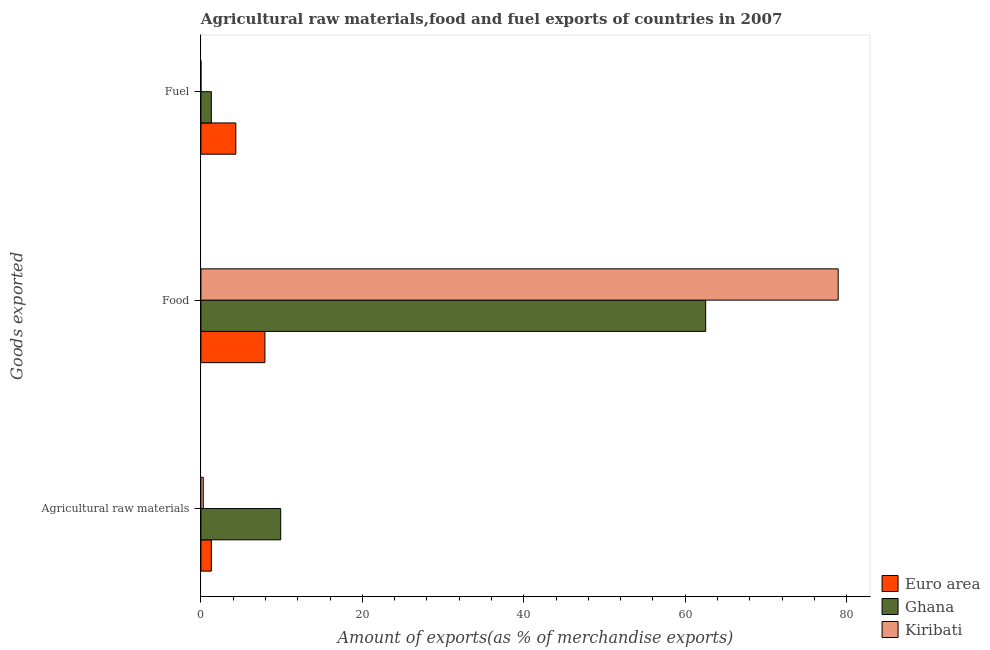
| Goods exported | Euro area | Ghana | Kiribati |
 | --- | --- | --- | --- |
 | Agricultural raw materials | 1.29 | 9.89 | 0.293 |
 | Food | 7.93 | 62.5 | 79 |
 | Fuel | 4.32 | 1.29 | 0.000246 |